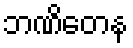
ဘဏိတေန